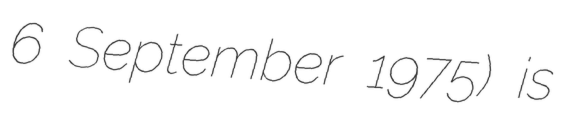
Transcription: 6 September 1975) is